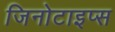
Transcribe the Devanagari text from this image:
जिनोटाइप्स